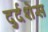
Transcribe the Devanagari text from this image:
दुर्दशेस